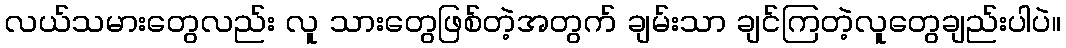
လယ်သမားတွေလည်း လူ သားတွေဖြစ်တဲ့အတွက် ချမ်းသာ ချင်ကြတဲ့လူတွေချည်းပါပဲ။